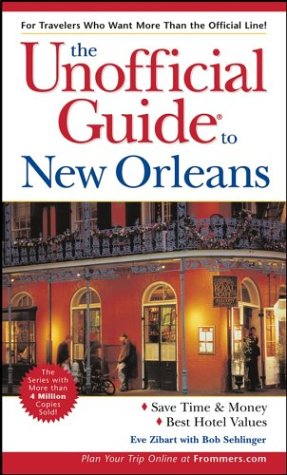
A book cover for The Unofficial Guide to New Orleans (Unofficial Guides); Eve Zibart; Travel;